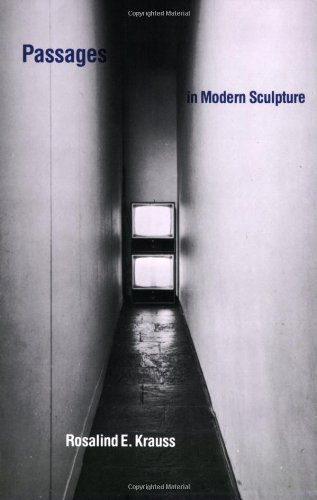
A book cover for Passages in Modern Sculpture; Rosalind E. Krauss; Arts & Photography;